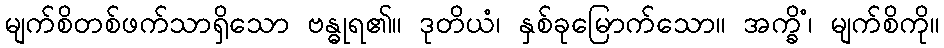
မျက်စိတစ်ဖက်သာရှိသော ဗန္ဓုရ၏။ ဒုတိယံ၊ နှစ်ခုမြောက်သော။ အက္ခိံ၊ မျက်စိကို။